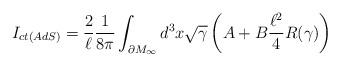
LaTeX: \begin{align*}I_{ct(AdS)} = \frac{2}{\ell}\frac{1}{8\pi}\int_{\partial M_\infty} d^{3}x\sqrt{\gamma}\left(A + B\frac{\ell^2}{4} R(\gamma)\right)\end{align*}